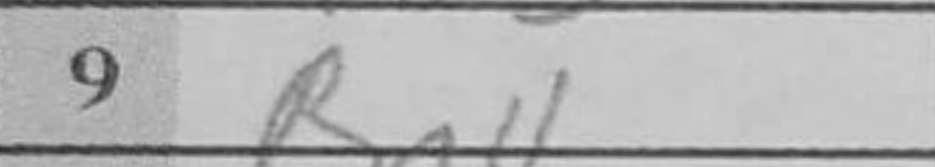
Transcription: Bc4